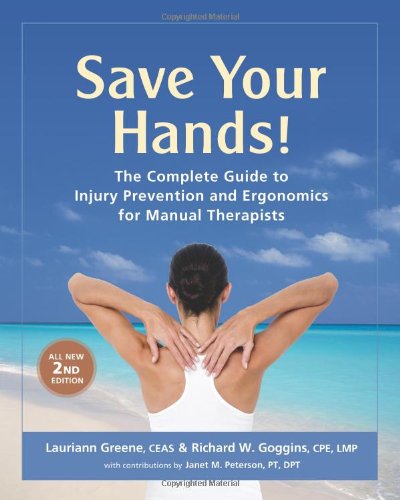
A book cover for Save Your Hands!: The Complete Guide to Injury Prevention and Ergonomics for Manual Therapists; Lauriann Greene; Health, Fitness & Dieting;